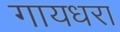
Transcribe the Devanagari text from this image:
गायधरा